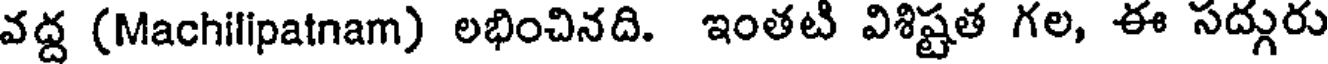
వద్ద (Machilipatnam) లభించినది. ఇంతటి విశిష్టత గల, ఈ సద్గురు